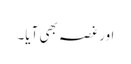
اور غصہ بھی آیا۔